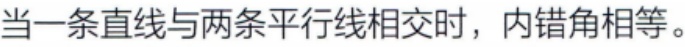
当一条直线与两条平行线相交时，内错角相等。